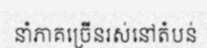
នាំភាគច្រើនរស់នៅតំបន់